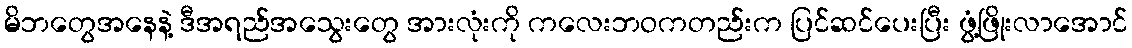
မိဘတွေအနေနဲ့ ဒီအရည်အသွေးတွေ အားလုံးကို ကလေးဘဝကတည်းက ပြင်ဆင်ပေးပြီး ဖွံ့ဖြိုးလာအောင်